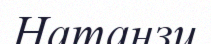
Натанзи